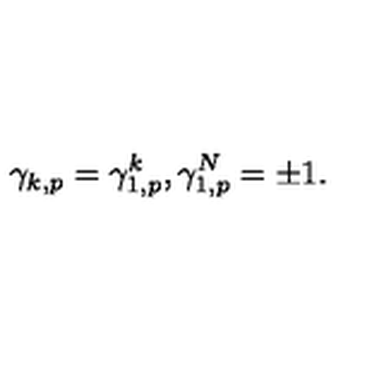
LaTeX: \gamma _ { k , p } = \gamma _ { 1 , p } ^ { k } , \gamma _ { 1 , p } ^ { N } = \pm 1 .